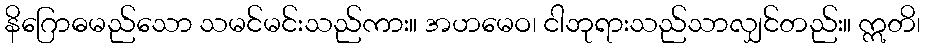
နိဂြောဓမည်သော သမင်မင်းသည်ကား။ အဟမေဝ၊ ငါဘုရားသည်သာလျှင်တည်း။ ဣတိ၊